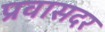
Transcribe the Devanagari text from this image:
प्रवासदर